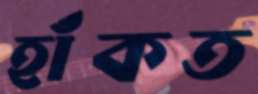
হাঁকত